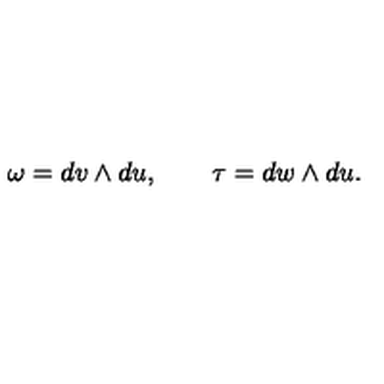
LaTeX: \omega = d v \wedge d u , \quad \quad \tau = d w \wedge d u .